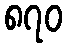
၈၇၀